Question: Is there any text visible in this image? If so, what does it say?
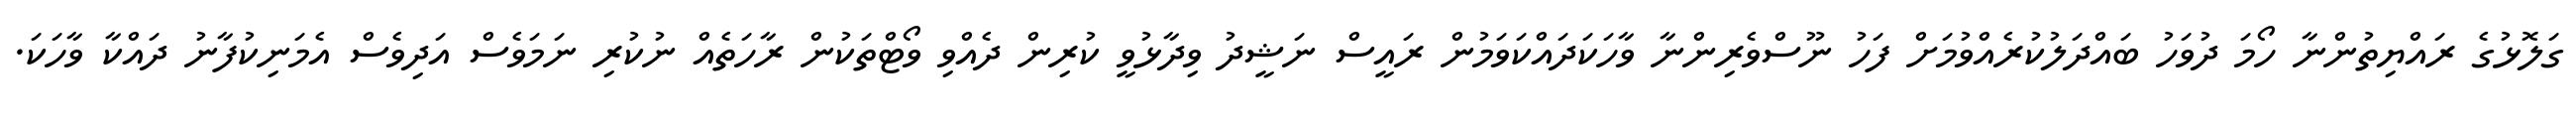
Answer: ގަލޮޅުގެ ރައްޔިތުންނާ ހޯމަ ދުވަހު ބައްދަލުކުރެއްވުމަށް ފަހު ނޫސްވެރިންނާ ވާހަކަދައްކަވަމުން ރައީސް ނަޝީދު ވިދާޅުވީ ކުރިން ދެއްވި ވޯޓްތަކުން ރާހަތެއް ނުކުރި ނަމަވެސް އަދިވެސް އެމަނިކުފާނު ދައްކާ ވާހަކަ.